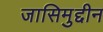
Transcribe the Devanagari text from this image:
जासिमुद्दीन